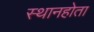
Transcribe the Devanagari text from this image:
स्थानहोता